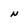
Character: N